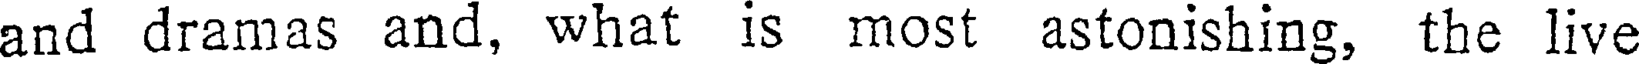
and dramas and, what is most astonishing, the live